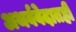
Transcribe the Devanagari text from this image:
अथर्ववेदातही